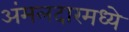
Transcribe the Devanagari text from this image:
अंमलदारमध्ये